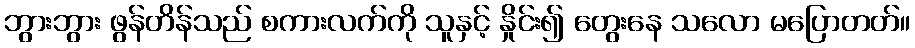
ဘွားဘွား ဖွန်တိန်သည် စကားလက်ကို သူနှင့် နှိုင်း၍ တွေးနေ သလော မပြောတတ်။